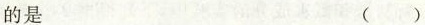
的是 ( )